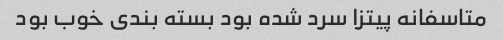
متاسفانه پیتزا سرد شده بود بسته بندی خوب بود